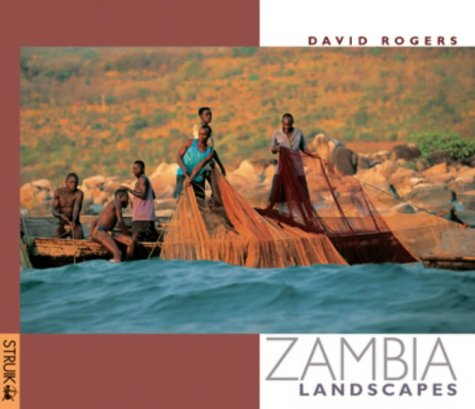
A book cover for Zambia: Landscapes; David Rogers; Travel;